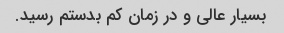
بسیار عالی و در زمان کم بدستم رسید.